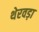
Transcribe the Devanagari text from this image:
थेरवड़ा